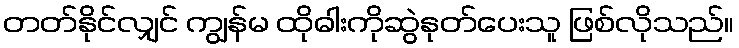
တတ်နိုင်လျှင် ကျွန်မ ထိုဓါးကိုဆွဲနုတ်ပေးသူ ဖြစ်လိုသည်။